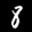
Label: 8